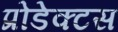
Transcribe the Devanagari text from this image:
प्रोडेक्टस